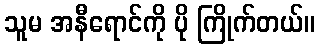
သူမ အနီရောင်ကို ပို ကြိုက်တယ်။